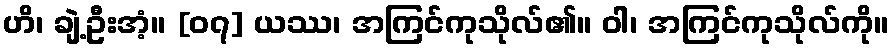
ဟိ၊ ချဲ့ဦးအံ့။ [၀၇] ယဿ၊ အကြင်ကုသိုလ်၏။ ဝါ၊ အကြင်ကုသိုလ်ကို။